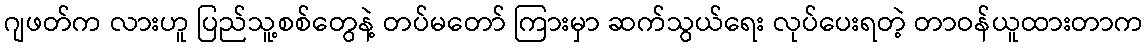
ဂျဖတ်က လားဟူ ပြည်သူ့စစ်တွေနဲ့ တပ်မတော် ကြားမှာ ဆက်သွယ်ရေး လုပ်ပေးရတဲ့ တာဝန်ယူထားတာက